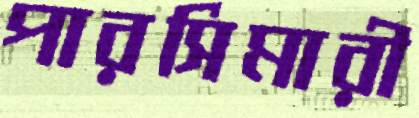
পারসিমারী